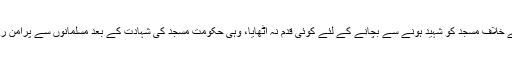
حکومت وقت نے مسجد کی شہادت کے وقت فوج اورپولیس کومشتعل ہندوؤں کے خلاف مسجد کو شہید ہونے سے بچانے کے لئے کوئی قدم نہ اٹھایا، وہی حکومت مسجد کی شہادت کے بعد مسلمانوں سے پُرامن رہنے کی اپیل کرتی رہی اوراندرون خانہ ہندو انتہا پسندوں کی سپورٹ کرتی رہی۔